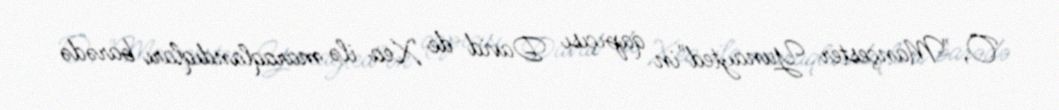
O, "Mançester Yunayted"in qapıçısı David de Xea ilə maraqlandıqları barədə